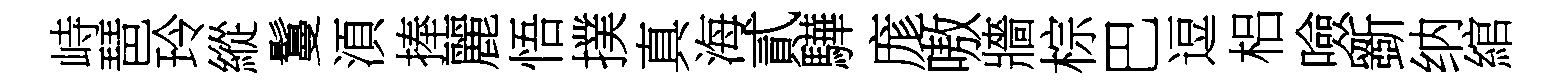
峙琶玲縱鬘湏捧麗悟撲真海貳驊庬嗷牆棕巴逗梠噞斵纳綰